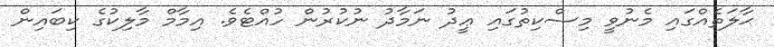
ޙާލަތެއްގައި މެނުވީ މިސްކިތުގައި ޢީދު ނަމާދު ނުކުރުން ހުއްޓެވެ. އިމާމް މާލިކުގެ ކިބައިން